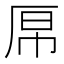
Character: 𫨉